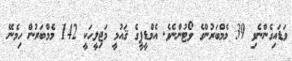
ވަޑައިގެންނެވި 39 މެމްބަރުންގެ ވޯޓުންނެވެ. އެމްޑީޕީގެ ޤައުމީ މަޖިލީހަކީ 142 މެމްބަރުން ހިމެނޭ